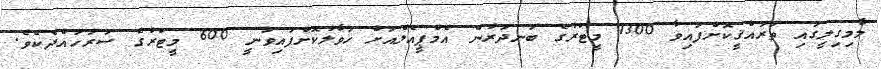
މާމިގިލީގައި ތަރައްޤީކޮށްފައިވާ 1300 މީޓަރުގެ ބަނދަރުން އެމްޕީއެލްއަށް ހަވާލުކޮށްފައިވަނީ 600 މީޓަރުގެ ސަރަހައްދެކެވެ.